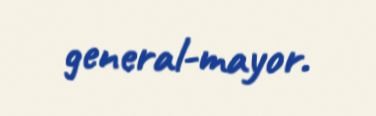
general-mayor.